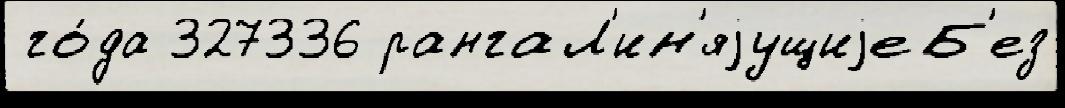
 го́да 327336 рангаЛ'ин'яjущиjеБ'ез